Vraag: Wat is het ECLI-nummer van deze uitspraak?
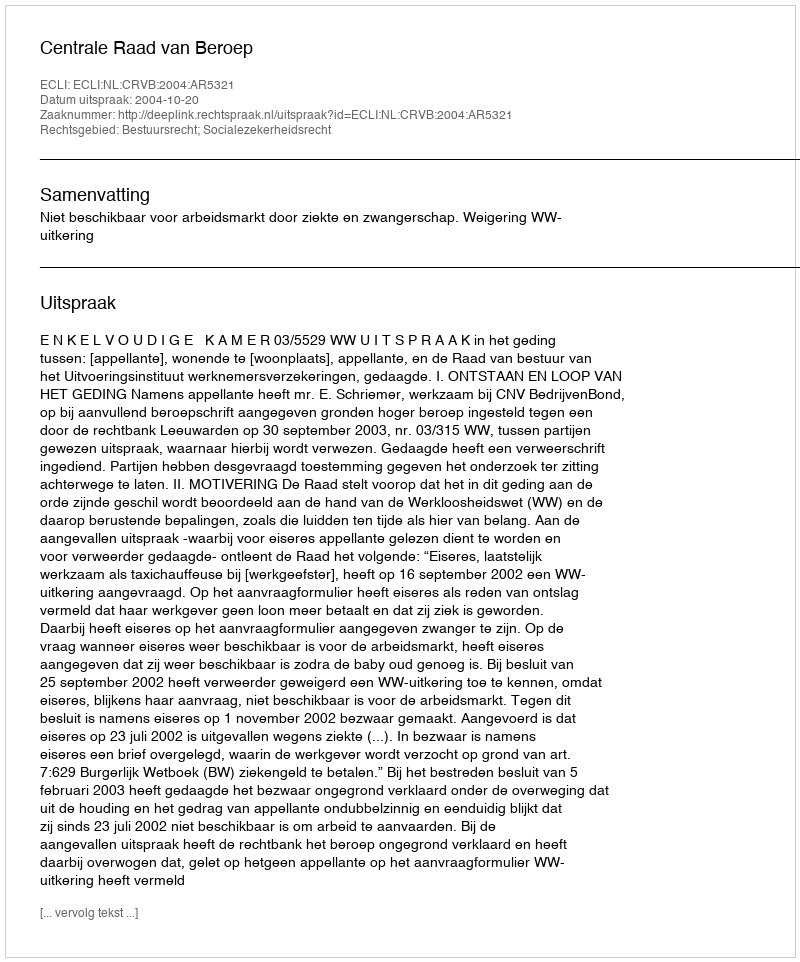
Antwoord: ECLI:NL:CRVB:2004:AR5321